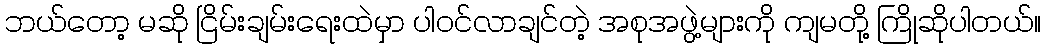
ဘယ်တော့ မဆို ငြိမ်းချမ်းရေးထဲမှာ ပါဝင်လာချင်တဲ့ အစုအဖွဲ့များကို ကျမတို့ ကြိုဆိုပါတယ်။